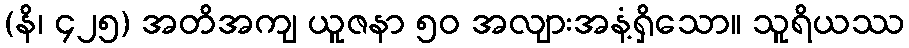
(နိ၊ ၄၂၅) အတိအကျ ယူဇနာ ၅၀ အလျားအနံ့ရှိသော။ သူရိယဿ